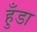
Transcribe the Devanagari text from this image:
हुँडा